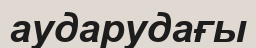
аударудағы